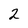
Character: 2